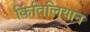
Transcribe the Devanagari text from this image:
किंतिलियान